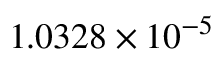
1 . 0 3 2 8 \times 1 0 ^ { - 5 }